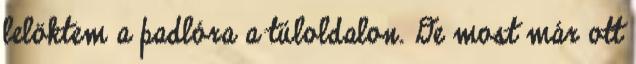
lelöktem a padlóra a túloldalon. De most már ott